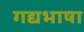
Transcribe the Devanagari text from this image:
गद्यभाषा